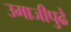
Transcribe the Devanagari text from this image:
उमाजीपुढे